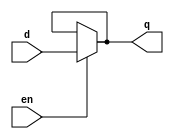
module dlatch_dataflow(q,en,d);

input d,en;
output q;

assign q = en ? d : q;

endmodule